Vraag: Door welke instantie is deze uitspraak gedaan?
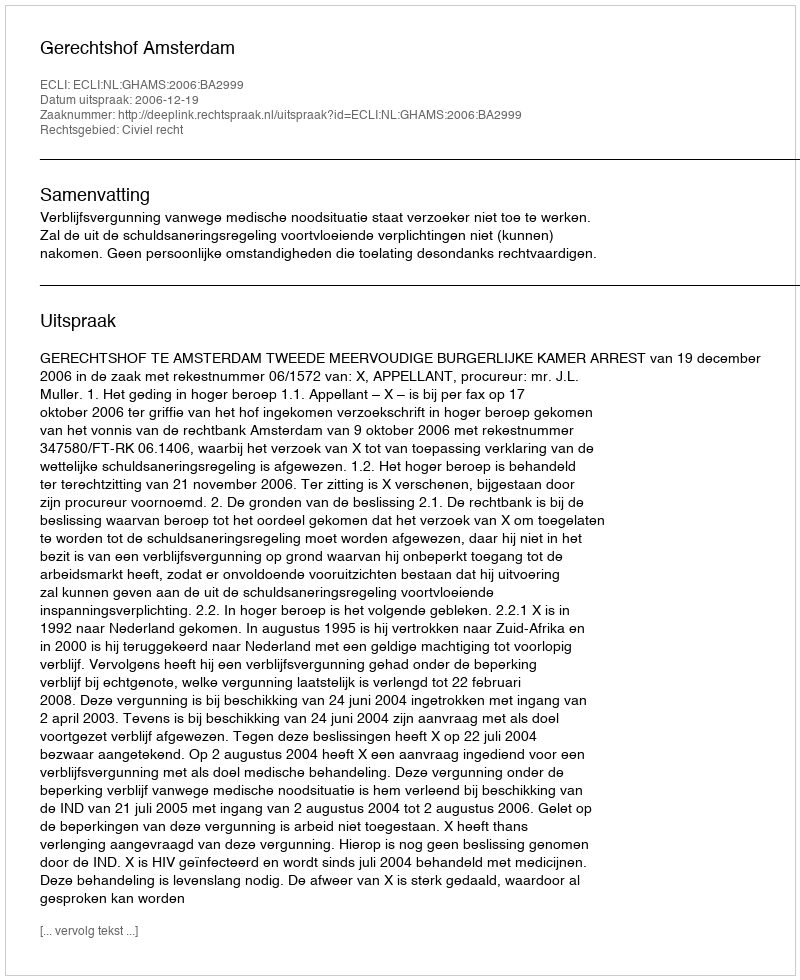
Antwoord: Gerechtshof Amsterdam